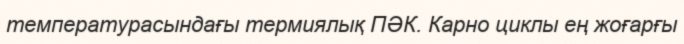
температурасындағы термиялық ПӘК. Карно циклы ең жоғарғы